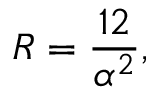
R = \frac { 1 2 } { \alpha ^ { 2 } } ,